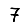
Digit: 7